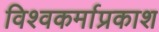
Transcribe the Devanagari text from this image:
विश्वकर्माप्रकाश